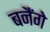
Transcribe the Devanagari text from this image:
बनैंगे